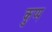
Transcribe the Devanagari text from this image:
कुप्प